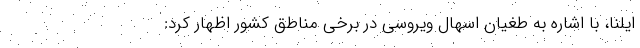
ایلنا، با اشاره به طغیان اسهال ویروسی در برخی مناطق کشور اظهار کرد: